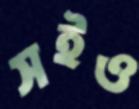
সইও